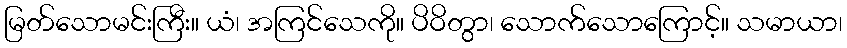
မြတ်သောမင်းကြီး။ ယံ၊ အကြင်သေကို။ ပိဝိတွာ၊ သောက်သောကြောင့်။ သမာယာ၊